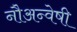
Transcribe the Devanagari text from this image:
नौअन्वेषी